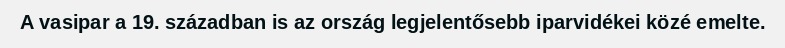
A vasipar a 19. században is az ország legjelentősebb iparvidékei közé emelte.